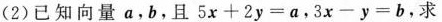
(2)已知向量a，b，且$$5 x + 2 y = a$$，$$3 x - y = b$$，求